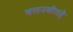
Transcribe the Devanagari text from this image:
चलनशीलहै